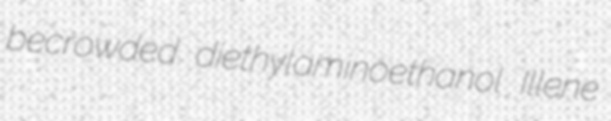
becrowded diethylaminoethanol Illene